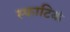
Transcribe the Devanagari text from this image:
स्फाटिकं